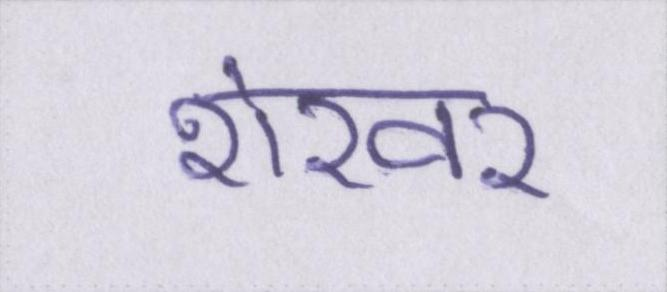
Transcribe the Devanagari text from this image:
शेखर